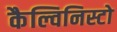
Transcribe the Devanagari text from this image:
कैल्विनिस्टो